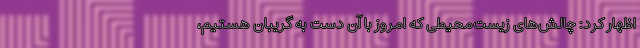
اظهار کرد: چالش‌های زیست‌محیطی که امروز با آن دست به گریبان هستیم،